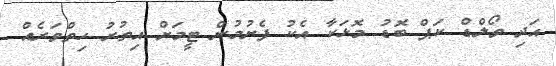
އަދި ވޯލްޑް ކަޕް ބޮޑު މޮޅަކާ އެކު ފެށުމުން ޓީމަށް އިތުރު ހިތްވަރެއް